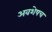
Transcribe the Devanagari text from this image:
अवशेषच